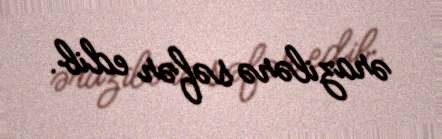
ərazilərə səfər edib.